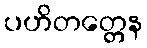
ပဟိတတ္တေန